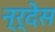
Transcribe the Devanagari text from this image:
न्र्देस